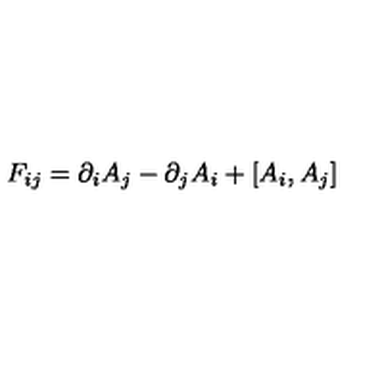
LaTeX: F _ { i j } = \partial _ { i } A _ { j } - \partial _ { j } A _ { i } + [ A _ { i } , A _ { j } ]